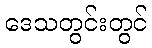
ဒေသတွင်းတွင်